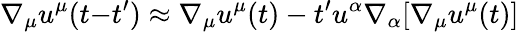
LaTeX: \nabla_{\mu}u^{\mu}(t{-}t^{\prime})\approx\nabla_{\mu}u^{\mu}(t)-t^{\prime}u^{\alpha}\nabla_{\alpha}[\nabla_{\mu}u^{\mu}(t)]